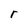
Character: r